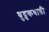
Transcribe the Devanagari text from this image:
बुद्रुकवाडी